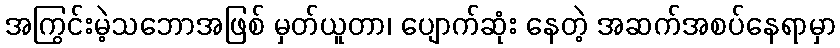
အကြွင်းမဲ့သဘောအဖြစ် မှတ်ယူတာ၊ ပျောက်ဆုံး နေတဲ့ အဆက်အစပ်နေရာမှာ